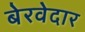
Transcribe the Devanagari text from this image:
बेरवेदार